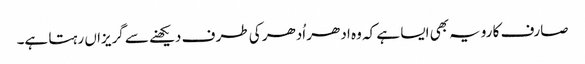
صارف کا رویہ بھی ایسا ہے کہ وہ ادھر اُدھر کی طر ف دیکھنے سے گریزاں رہتا ہے۔